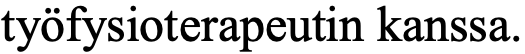
työfysioterapeutin kanssa.